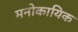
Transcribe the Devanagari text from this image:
मनोकायिक